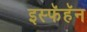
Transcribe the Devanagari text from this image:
इस्फॅहॅन